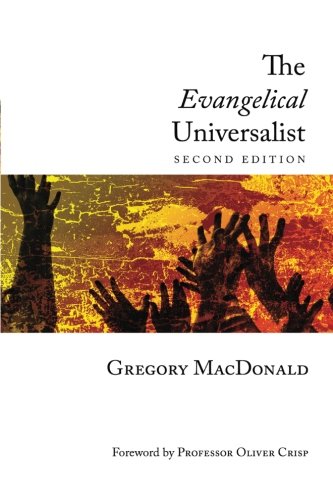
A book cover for The Evangelical Universalist: Second Edition; Gregory MacDonald; Religion & Spirituality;